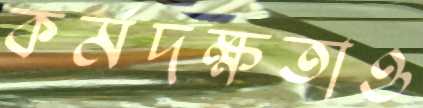
কর্মদক্ষতাও